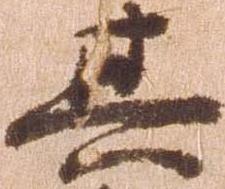
其